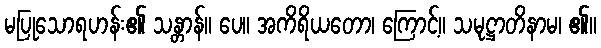
မပြုသောရဟန်း၏ သန္တာန်။ ပေ။ အကိရိယတော၊ ကြောင့်။ သမုဋ္ဌာတိနာမ၊ ၏။